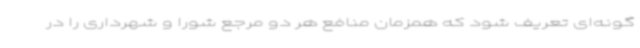
گونه‌ای تعریف شود که همزمان منافع هر دو مرجع شورا و شهرداری را در